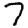
Digit: 7